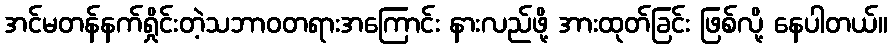
အင်မတန်နက်ရှိုင်းတဲ့သဘာဝတရားအကြောင်း နားလည်ဖို့ အားထုတ်ခြင်း ဖြစ်လို့ နေပါတယ်။